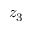
z _ { 3 }